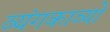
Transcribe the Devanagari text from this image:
व्यंगकाव्यों